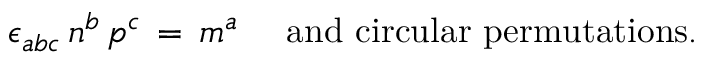
\epsilon _ { a b c } \, n ^ { b } \, p ^ { c } \, = \, m ^ { a } \, \, \, \, \, \, \mathrm { ~ a n d ~ c i r c u l a r ~ p e r m u t a t i o n s . }